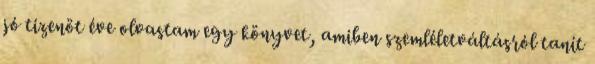
jó tizenöt éve olvastam egy könyvet, amiben szemléletváltásról tanít